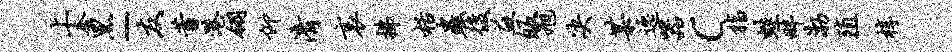
上奢黑-友蓄港翎仰清哀拂栝虫后益皈旭决某逸器c指蛙畔渤殖椁